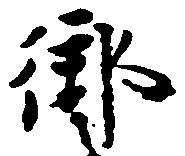
御